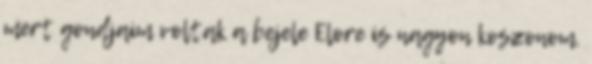
mert gondjaim voltak a bejele Elore is nagyon koszonom.